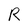
Character: R